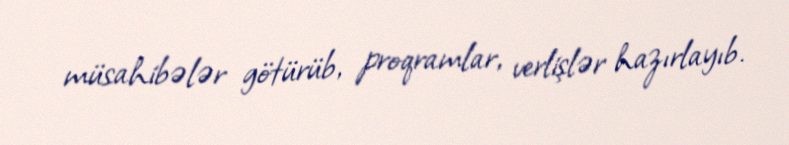
müsahibələr götürüb, proqramlar, verlişlər hazırlayıb.